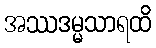
အဿဒမ္မသာရထိ